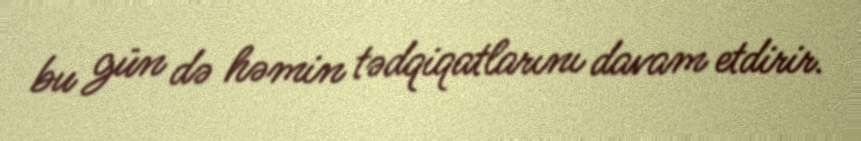
bu gün də həmin tədqiqatlarını davam etdirir.